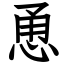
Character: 恿